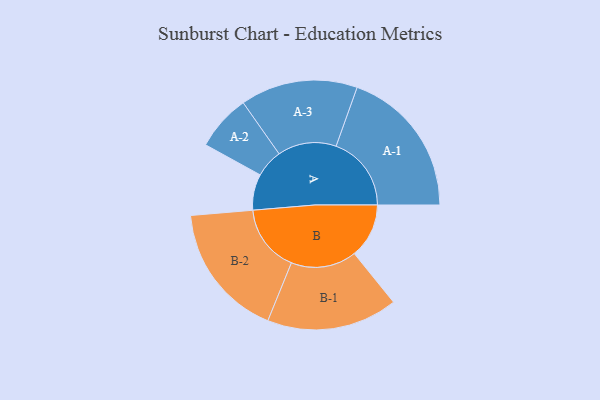
{"axis": {"x": "Segment", "y": "Value"}, "legend": ["", "A", "B"], "data": [{"x": "A", "y": 143, "type": ""}, {"x": "B", "y": 217, "type": ""}, {"x": "A-1", "y": 299, "type": "A"}, {"x": "A-2", "y": 111, "type": "A"}, {"x": "A-3", "y": 233, "type": "A"}, {"x": "B-1", "y": 260, "type": "B"}, {"x": "B-2", "y": 268, "type": "B"}]}